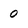
Character: 0